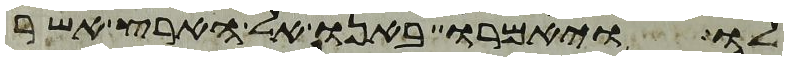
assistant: לו ויאמרו באנו אל הארץ אשר